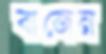
বাজেন